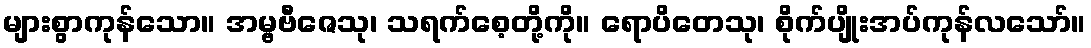
များစွာကုန်သော။ အမ္ဗဗီဇေသု၊ သရက်စေ့တို့ကို။ ရောပိတေသု၊ စိုက်ပျိုးအပ်ကုန်လသော်။